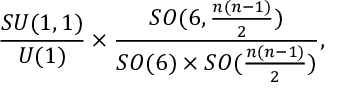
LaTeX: \frac { S U ( 1 , 1 ) } { U ( 1 ) } \times \frac { S O ( 6 , \frac { n ( n - 1 ) } { 2 } ) } { S O ( 6 ) \times S O ( \frac { n ( n - 1 ) } { 2 } ) } ,